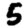
Digit: 5